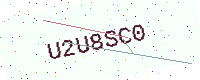
Text: U2U8SC0